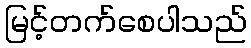
မြင့်တက်စေပါသည်